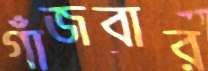
গাঁজবার